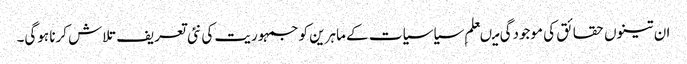
ان تینوں حقائق کی موجودگی میںعلم ِسیاسیات کے ماہرین کو جمہوریت کی نئی تعریف تلاش کرنا ہوگی۔